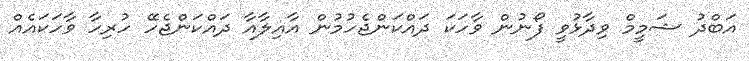
އަބްދު ޝަމީމް ވިދާޅުވީ ފޯނުން ވާހަކަ ދައްކަންޖެހުމުން އާއިލާއާ ދައްކަންޖެހޭ ހުރިހާ ވާހަކައެއް